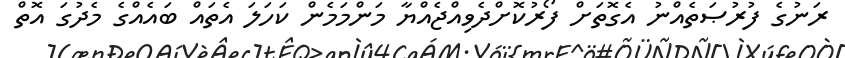
ރަނުގެ ފުރުޞަތެއްނު އެގޮތަށް ފޯރުކޮށްދެވިއްޖެއްޔާ މަންމަމެން ކަހަލަ އެތައް ބައެއްގެ މެދުގަ އޮތް